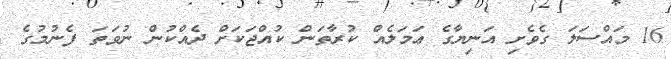
16 މައްސަލަ ގެވެށި އަނިޔާގެ ޢަމަލެއް ކުރާތަން ކުއްޖަކަށް ދެއްކުން ނުވަތަ ފެނުމުގެ